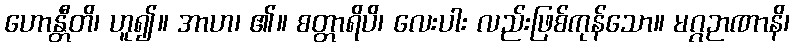
ဟောန္တီတိ၊ ဟူ၍။ အာဟ၊ ၏။ စတ္တာရိပိ၊ လေးပါး လည်းဖြစ်ကုန်သော။ မဂ္ဂဉာဏာနိ၊